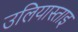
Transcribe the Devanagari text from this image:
उलियास्ताइ